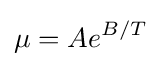
\mu =Ae^{B/T}